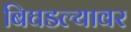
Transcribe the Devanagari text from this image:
बिघडल्यावर